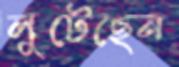
লুটেছেন